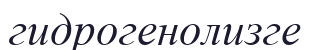
гидрогенолизге